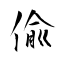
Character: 偸